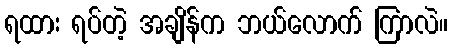
ရထား ရပ်တဲ့ အချိန်က ဘယ်လောက် ကြာလဲ။